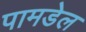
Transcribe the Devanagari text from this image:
पामडेल